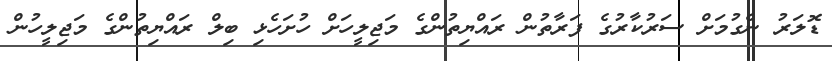
ޑޮލަރު ނެގުމަށް ސަރުކާރުގެ ފަރާތުން ރައްޔިތުންގެ މަޖިލީހަށް ހުށަހެޅި ބިލް ރައްޔިތުންގެ މަޖިލީހުން